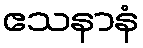
ဧသနာနံ